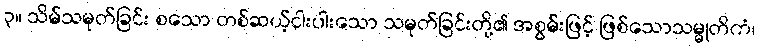
၃။ သိမ်သမုတ်ခြင်း စသော တစ်ဆယ့်ငါးပါးသော သမုတ်ခြင်းတို့၏ အစွမ်းဖြင့် ဖြစ်သောသမ္မုတိကံ၊